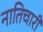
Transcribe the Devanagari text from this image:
नातिचारी